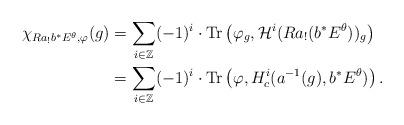
LaTeX: \begin{align*}\chi_{Ra_!b^*E^{\theta},\varphi}(g)&=\sum_{i\in\mathbb{Z}}(-1)^i\cdot\mathrm{Tr}\left(\varphi_g,\mathcal{H}^i(Ra_!(b^*E^{\theta}))_g\right)\\&=\sum_{i\in\mathbb{Z}}(-1)^i\cdot\mathrm{Tr}\left(\varphi,{H}_c^i(a^{-1}(g),b^*E^{\theta})\right).\end{align*}